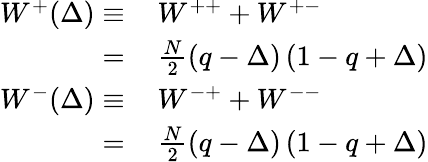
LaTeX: \begin{array}{rl}{W^{+}(\Delta)\equiv}&{{}\, W^{++}+W^{+-}}\\ {=}&{{}\, \frac{N}{2}\left(q-\Delta\right)\left(1-q+\Delta\right)}\\ {W^{-}(\Delta)\equiv}&{{}\, W^{-+}+W^{--}}\\ {=}&{{}\, \frac{N}{2}\left(q-\Delta\right)\left(1-q+\Delta\right)}\end{array}